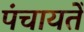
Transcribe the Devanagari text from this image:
पंचायतेँ